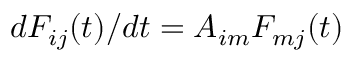
d F _ { i j } ( t ) / d t = A _ { i m } F _ { m j } ( t )